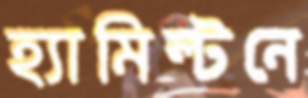
হ্যামিল্টনে